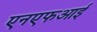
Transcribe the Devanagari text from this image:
एनएफआई